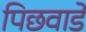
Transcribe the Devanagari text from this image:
पिछवाडे